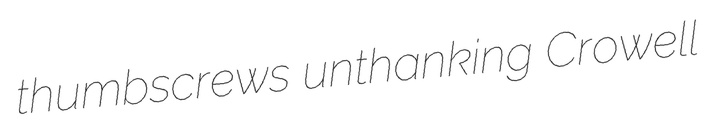
thumbscrews unthanking Crowell